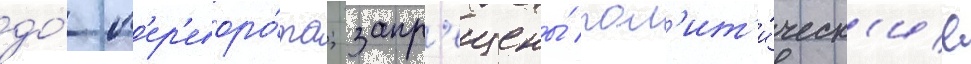
до́ п'ер'еворо́та; запр'ещены́ пол'ит'и́ческ'ие